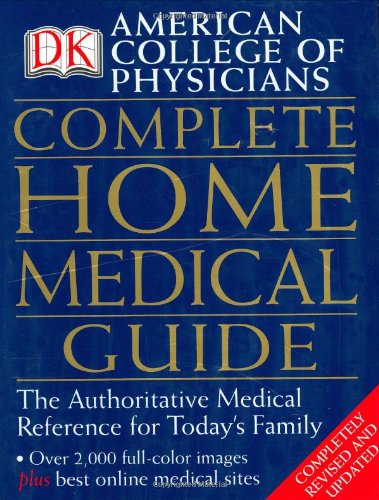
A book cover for American College of Physicians Complete Home Medical Guide; Health, Fitness & Dieting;